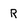
Character: R